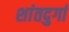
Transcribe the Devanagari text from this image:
शांतदुर्गा